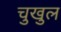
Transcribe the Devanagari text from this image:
चुखुल